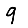
Digit: 9